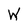
Character: W